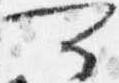
可